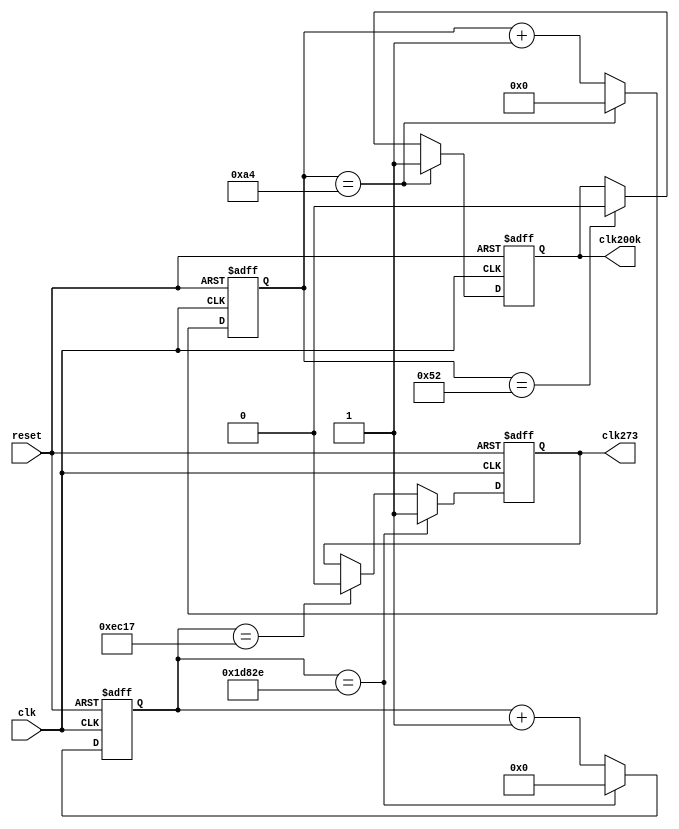
///////////////////////////////////////////////////////////////////////////////////////////////////
// Company: <Name>
//
// File history:
//      <Revision number>: <Date>: <Comments>
//      <Revision number>: <Date>: <Comments>
//      <Revision number>: <Date>: <Comments>
//
// Description: 
//
// <Description here>
//
// Targeted device: <Family::ProASIC3> <Die::A3P600> <Package::208 PQFP>
//
/////////////////////////////////////////////////////////////////////////////////////////////////// 

//`timescale <time_units> / <precision>
// `undef CLK33M
`define CLK33M

`ifdef CLK33M //33MHz	
	`define		CLK_BEAR_MAX			 (17'd120878)
	`define		CLK_BEAR_MAX_HB		(17'd60439)
	`define		CLK_RANGE_MAX			(8'd164)
	`define		CLK_RANGE_MAX_HB	(8'd82)
`else  //4MHz
	`define		CLK_BEAR_MAX		(16'd14651)
	`define		CLK_RANGE_MAX		(5'd19)
`endif


module sim_clock( 
	input clk, reset,			//in 33MHz/4MHz
	output reg clk273, clk200k	//out 273 200k
);
`ifdef CLK33M
	//* 33M->273
	reg [16:0] adiv;
	always @(posedge clk, negedge reset)begin
		if(!reset) adiv <= {17{1'b0}};
		else if(adiv == `CLK_BEAR_MAX) adiv <= {17{1'b0}};
		else adiv <= adiv + 1'b1;
	end
	
	always @(posedge clk, negedge reset)begin
		if(!reset) clk273 <= 1'b0;
		else if(adiv == `CLK_BEAR_MAX) clk273 <= 1'b1;
		else if(adiv == `CLK_BEAR_MAX_HB) clk273 <= 1'b0;
	end
	
	//* 33MHz->200KHz
	reg [7:0] rdiv;
	always @(posedge clk, negedge reset)begin
		if(!reset) rdiv <= {8{1'b0}};
		else if(rdiv == `CLK_RANGE_MAX) rdiv <= {8{1'b0}};
		else rdiv <= rdiv + 1'b1;
	end
	
	always @(posedge clk, negedge reset)begin
		if(!reset) clk200k <= 1'b0;
		else if(rdiv == `CLK_RANGE_MAX) clk200k <= 1'b1;
		else if(rdiv == `CLK_RANGE_MAX_HB) clk200k <= 1'b0;
	end
`else 
	//* 4MHz -> 200KHz
	reg [4:0] rdiv;
	always @(posedge clk, negedge reset)begin
		if(!reset) rdiv <= {5{1'b0}};
		else if(rdiv == `CLK_RANGE_MAX) rdiv <= {5{1'b0}};
		else rdiv <= rdiv + 1'b1;
	end
	
	always @(posedge clk)begin
		if(rdiv == `CLK_RANGE_MAX) clk200k <= 1'b1;		//200KHz counter enable
		else clk200k <= 1'b0;
	end
	
	//4MHz->273
	reg [15:0] adiv;
	always @(posedge clk, negedge reset) begin
		if(!reset) adiv <= {16{1'b0}};
		else if(adiv == `CLK_BEAR_MAX) adiv <= {16{1'b0}};
		else adiv <= adiv + 1'b1;
	end
	
	always @(posedge clk)begin
		if(adiv == `CLK_BEAR_MAX) clk273 <= 1'b1;
		else clk273 <= 1'b0;
	end
	
`endif

endmodule